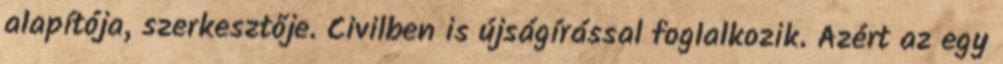
alapítója, szerkesztője. Civilben is újságírással foglalkozik. Azért az egy